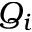
Q _ { i }